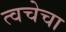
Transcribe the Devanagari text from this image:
त्‍वचेचा